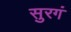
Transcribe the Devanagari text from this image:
सुरगं